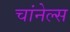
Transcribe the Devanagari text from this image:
चांनेल्स